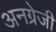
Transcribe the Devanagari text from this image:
अनग्रेजी